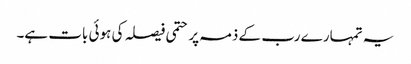
یہ تمہارے رب کے ذمہ پر حتمی فیصلہ کی ہوئی بات ہے۔